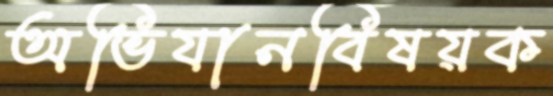
অভিযানবিষয়ক